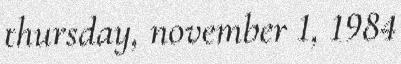
thursday, november 1, 1984